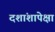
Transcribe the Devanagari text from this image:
दशांशापेक्षा